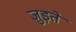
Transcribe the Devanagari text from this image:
जु़ड़ते